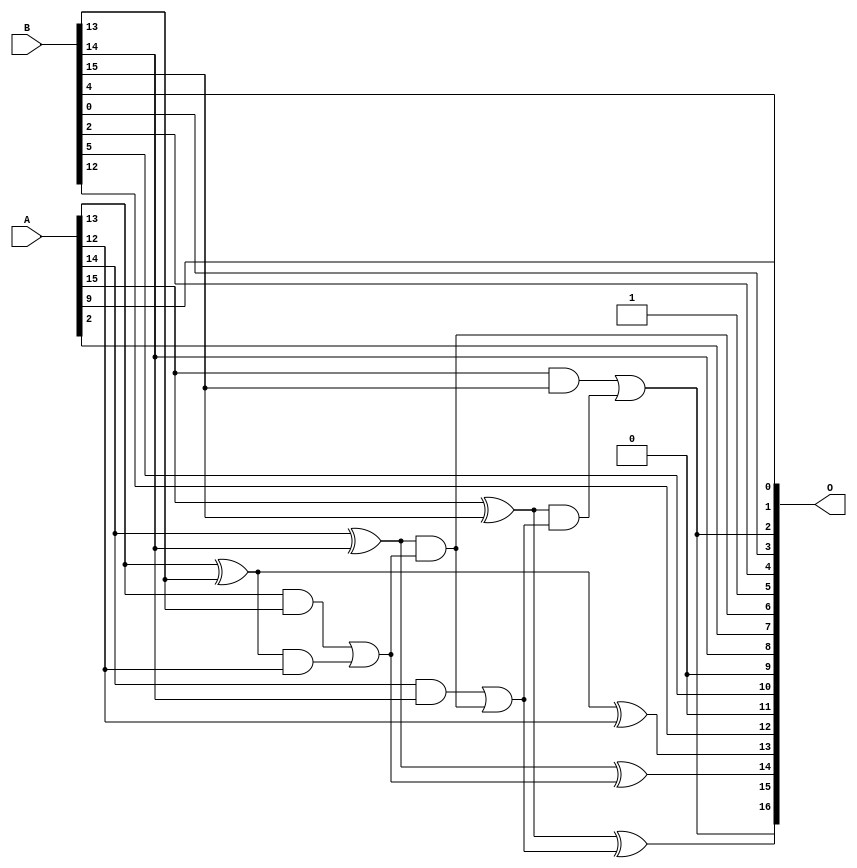
/***
* This code is a part of EvoApproxLib library (ehw.fit.vutbr.cz/approxlib) distributed under The MIT License.
* When used, please cite the following article(s): PRABAKARAN B. S., MRAZEK V., VASICEK Z., SEKANINA L., SHAFIQUE M. ApproxFPGAs: Embracing ASIC-based Approximate Arithmetic Components for FPGA-Based Systems. DAC 2020. 
***/
// MAE% = 1.87 %
// MAE = 2456 
// WCE% = 6.19 %
// WCE = 8114 
// WCRE% = 3900.00 %
// EP% = 99.99 %
// MRE% = 5.21 %
// MSE = 89278.596e2 
// FPGA_POWER = 0.32
// FPGA_DELAY = 6.8
// FPGA_LUT = 3.0


module add16u_0LT(A, B, O);
  input [15:0] A, B;
  output [16:0] O;
  wire sig_94, sig_95, sig_96, sig_98, sig_99, sig_100;
  wire sig_103, sig_104, sig_105, sig_106;
  assign O[1] = A[9];
  assign O[11] = 1'b0;
  assign O[9] = 1'b0;
  assign O[5] = 1'b1;
  assign sig_94 = A[13] ^ B[13];
  assign sig_95 = A[13] & B[13];
  assign sig_96 = sig_94 & A[12];
  assign O[13] = sig_94 ^ A[12];
  assign sig_98 = sig_95 | sig_96;
  assign sig_99 = A[14] ^ B[14];
  assign sig_100 = A[14] & B[14];
  assign O[6] = sig_99 & sig_98;
  assign O[14] = sig_99 ^ sig_98;
  assign sig_103 = sig_100 | O[6];
  assign sig_104 = A[15] ^ B[15];
  assign sig_105 = A[15] & B[15];
  assign sig_106 = sig_104 & sig_103;
  assign O[15] = sig_104 ^ sig_103;
  assign O[2] = sig_105 | sig_106;
  assign O[0] = B[4];
  assign O[3] = B[0];
  assign O[4] = B[2];
  assign O[7] = A[2];
  assign O[8] = B[14];
  assign O[10] = B[5];
  assign O[12] = B[12];
  assign O[16] = O[2];
endmodule